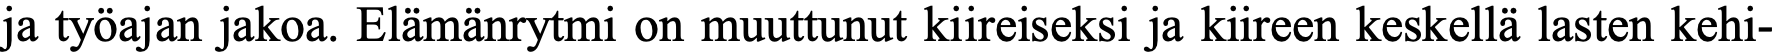
ja työajan jakoa. Elämänrytmi on muuttunut kiireiseksi ja kiireen keskellä lasten kehi-